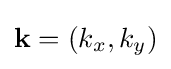
\mathbf {k} =(k_{x},k_{y})